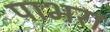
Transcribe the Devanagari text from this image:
पाभरा